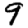
Digit: 9